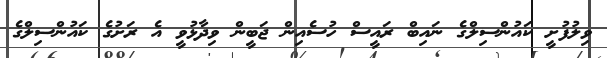
ވިލުފުށީ ކައުންސިލްގެ ނައިބް ރައީސް ހުސެއިން ޖަބީން ވިދާޅުވީ އެ ރަށުގެ ކައުންސިލްގެ